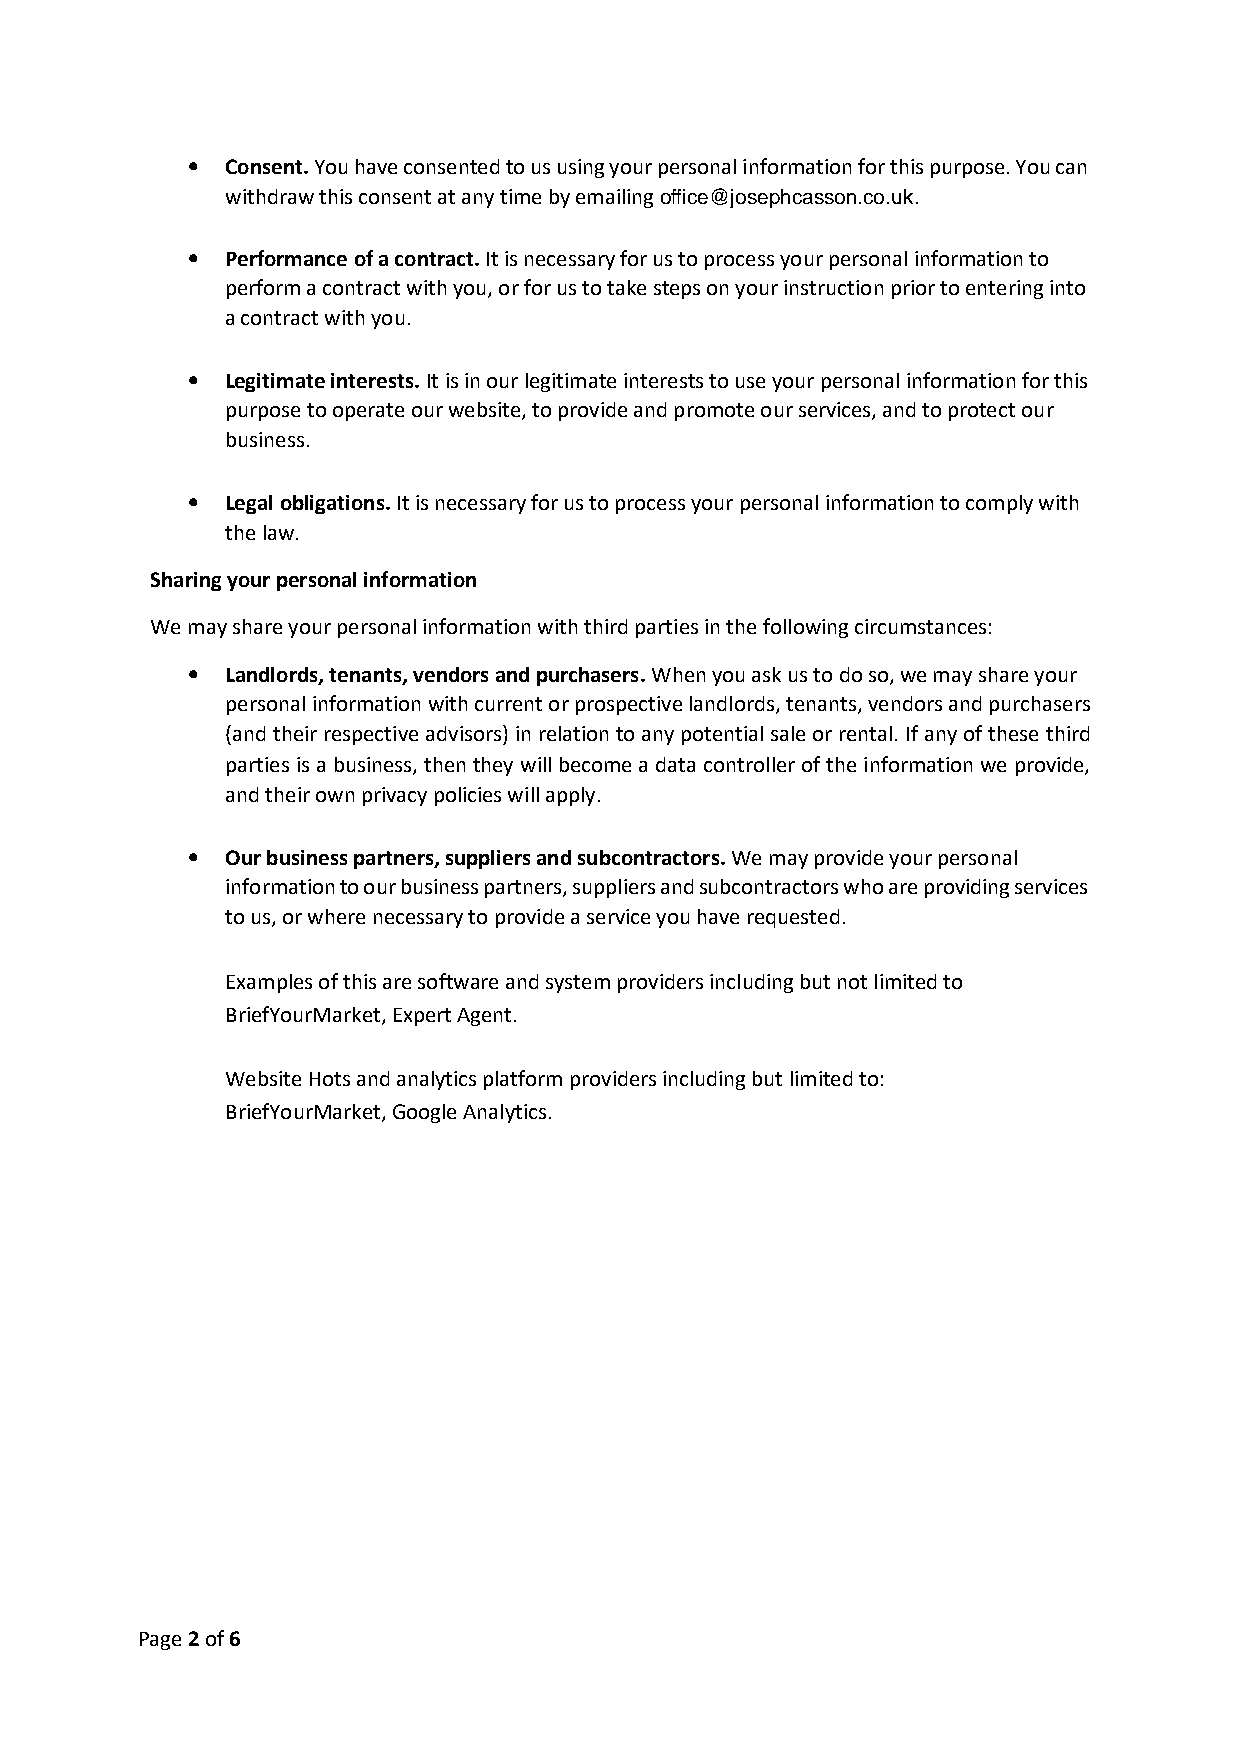
•  Consent. You have consented to us using your personal information for this purpose. You can
 withdraw this consent at any time by emailing office@josephcasson.co.uk.
 •  Performance of a contract. It is necessary for us to process your personal information to
 perform a contract with you, or for us to take steps on your instruction prior to entering into
 a contract with you.
 •  Legitimate interests. It is in our legitimate interests to use your personal information for this
 purpose to operate our website, to provide and promote our services, and to protect our
 business.
 •  Legal obligations. It is necessary for us to process your personal information to comply with
 the law.
 Sharing your personal information
 We may share your personal information with third parties in the following circumstances:
 •  Landlords, tenants, vendors and purchasers. When you ask us to do so, we may share your
 personal information with current or prospective landlords, tenants, vendors and purchasers
 (and their respective advisors) in relation to any potential sale or rental. If any of these third
 parties is a business, then they will become a data controller of the information we provide,
 and their own privacy policies will apply.
 •  Our business partners, suppliers and subcontractors. We may provide your personal
 information to our business partners, suppliers and subcontractors who are providing services
 to us, or where necessary to provide a service you have requested.
 Examples of this are software and system providers including but not limited to
 BriefYourMarket, Expert Agent.
 Website Hots and analytics platform providers including but limited to:
 BriefYourMarket, Google Analytics.
 Page 2 of 6